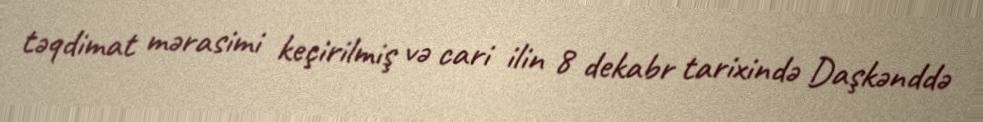
təqdimat mərasimi keçirilmiş və cari ilin 8 dekabr tarixində Daşkənddə